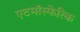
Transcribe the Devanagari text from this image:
एटमॉस्फेरिक